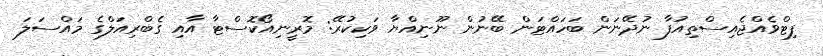
ފިޓްވެއްޖެއިސްތިއުފާ ނުދޭނަން ބަހައްޓަން ބޭނުން ނޫނިއްޔާ ވަކިކުރޭ: މޮރީނިއޯކޮސްޓާ އާއި ގެބްރިއަލްގެ މައްސަލަ